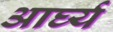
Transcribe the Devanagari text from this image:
आर्घ्य